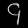
Digit: ၄